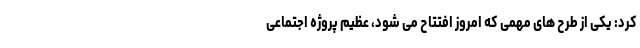
کرد: یکی از طرح های مهمی که امروز افتتاح می شود، عظیم پروژه اجتماعی